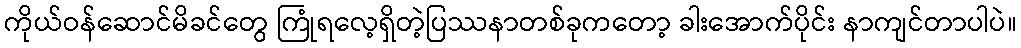
ကိုယ်ဝန်ဆောင်မိခင်တွေ ကြုံရလေ့ရှိတဲ့ပြဿနာတစ်ခုကတော့ ခါးအောက်ပိုင်း နာကျင်တာပါပဲ။